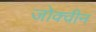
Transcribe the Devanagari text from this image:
जोक्वीन